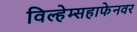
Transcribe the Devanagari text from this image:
विल्हेम्सहाफेनवर